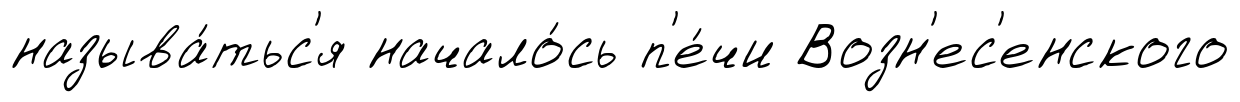
называ́тьс'я начало́сь п'е́чи Возн'ес'енского